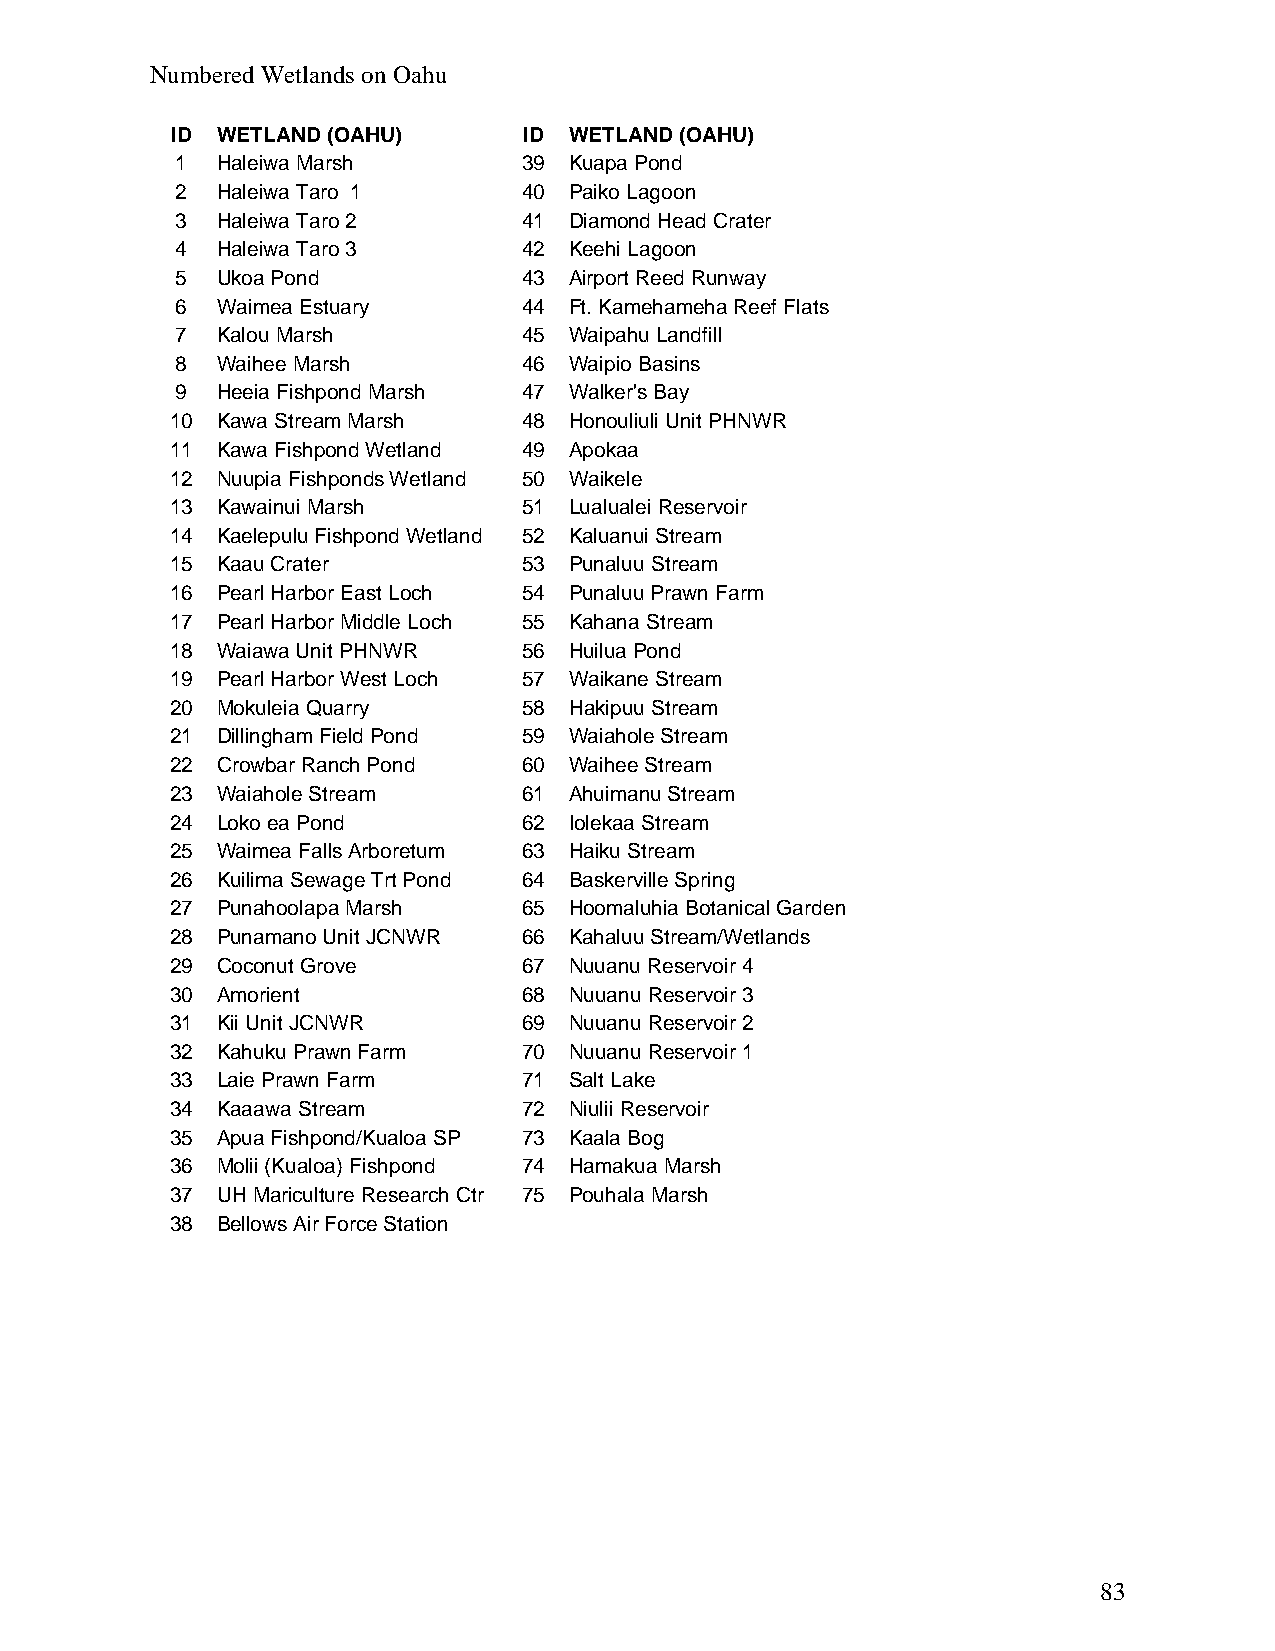
Numbered Wetlands on Oahu
 ID WETLAND (OAHU)       ID WETLAND (OAHU)
 1 Haleiwa Marsh        39 Kuapa Pond
 2 Haleiwa Taro 1       40 Paiko Lagoon
 3 Haleiwa Taro 2       41 Diamond Head Crater
 4 Haleiwa Taro 3       42 Keehi Lagoon
 5 Ukoa Pond            43 Airport Reed Runway
 6 Waimea Estuary       44 Ft. Kamehameha Reef Flats
 7 Kalou Marsh          45 Waipahu Landfill
 8 Waihee Marsh         46 Waipio Basins
 9 Heeia Fishpond Marsh 47 Walker's Bay
 10 Kawa Stream Marsh    48 Honouliuli Unit PHNWR
 11 Kawa Fishpond Wetland 49 Apokaa
 12 Nuupia Fishponds Wetland 50 Waikele
 13 Kawainui Marsh       51 Lualualei Reservoir
 14 Kaelepulu Fishpond Wetland 52 Kaluanui Stream
 15 Kaau Crater          53 Punaluu Stream
 16 Pearl Harbor East Loch 54 Punaluu Prawn Farm
 17 Pearl Harbor Middle Loch 55 Kahana Stream
 18 Waiawa Unit PHNWR    56 Huilua Pond
 19 Pearl Harbor West Loch 57 Waikane Stream
 20 Mokuleia Quarry      58 Hakipuu Stream
 21 Dillingham Field Pond 59 Waiahole Stream
 22 Crowbar Ranch Pond   60 Waihee Stream
 23 Waiahole Stream      61 Ahuimanu Stream
 24 Loko ea Pond         62 Iolekaa Stream
 25 Waimea Falls Arboretum 63 Haiku Stream
 26 Kuilima Sewage Trt Pond 64 Baskerville Spring
 27 Punahoolapa Marsh    65 Hoomaluhia Botanical Garden
 28 Punamano Unit JCNWR  66 Kahaluu Stream/Wetlands
 29 Coconut Grove        67 Nuuanu Reservoir 4
 30 Amorient             68 Nuuanu Reservoir 3
 31 Kii Unit JCNWR       69 Nuuanu Reservoir 2
 32 Kahuku Prawn Farm    70 Nuuanu Reservoir 1
 33 Laie Prawn Farm      71 Salt Lake
 34 Kaaawa Stream        72 Niulii Reservoir
 35 Apua Fishpond/Kualoa SP 73 Kaala Bog
 36 Molii (Kualoa) Fishpond 74 Hamakua Marsh
 37 UH Mariculture Research Ctr 75 Pouhala Marsh
 38 Bellows Air Force Station
 83